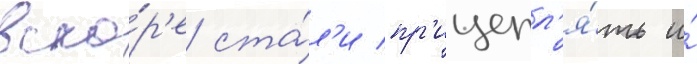
вско́р'е ста́л'и пр'ицепл'я́ть и́